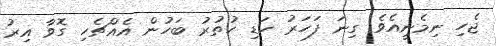
ޖެހި ނިމެނީއެވެ. ގިނަ ފަހަރު ހަޑި ހުތުރު ބަހުން އެއްޗެހި ގޮވާ އިރު